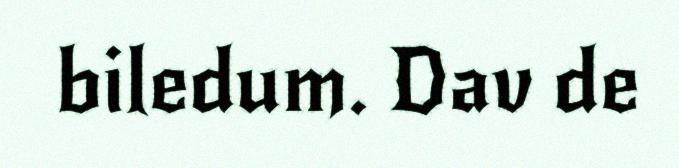
biledum. Dav de